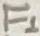
Text: F1